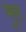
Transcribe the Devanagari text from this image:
भूस